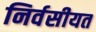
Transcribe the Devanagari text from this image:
निर्वसीयत